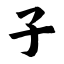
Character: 子